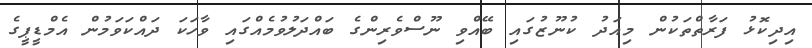
އިދިކޮޅު ފަރާތްތަކުން މިއަދު ކުނޫޒުގައި ބޭއްވި ނޫސްވެރިންގެ ބައްދަލުވުމެއްގައި ވާހަކަ ދައްކަވަމުން އެމްޑީޕީގެ